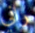
راني